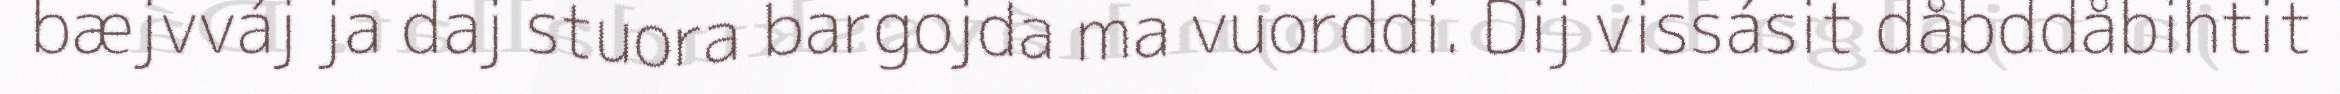
bæjvváj ja daj stuora bargojda ma vuorddi. Dij vissásit dåbddåbihtit